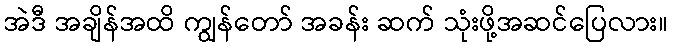
အဲဒီ အချိန်အထိ ကျွန်တော် အခန်း ဆက် သုံးဖို့အဆင်ပြေလား။